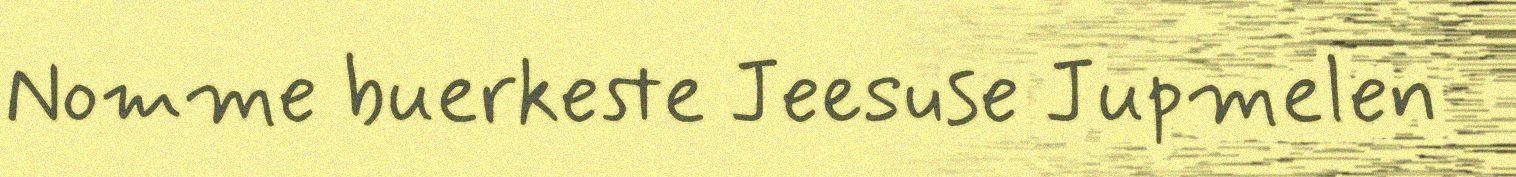
Nomme buerkeste Jeesuse Jupmelen